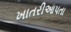
ખાતરીઆપતા